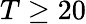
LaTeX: T\geq 20